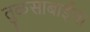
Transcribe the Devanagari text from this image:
तुळसाबाईंचा